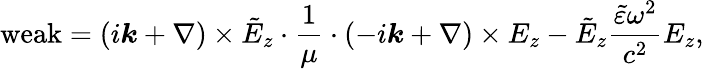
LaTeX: \operatorname{weak}=(i\boldsymbol{k}+\nabla)\times\tilde{E}_{z}\cdot\frac{1}{\mu}\cdot(-i\boldsymbol{k}+\nabla)\times E_{z}-\tilde{E}_{z}\frac{\tilde{\mathcal{\varepsilon}}\omega^{2}}{c^{2}}E_{z},